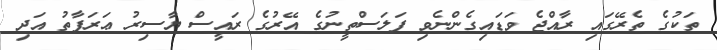
ތަކުގެ ތެރޭގައި ރާއްޖެ ވަޑައިގެންނެވި ފަލަސްތީނުގެ އޭރުގެ ރައީސް ޔާސިރު ޢަރަފާތު އަދި